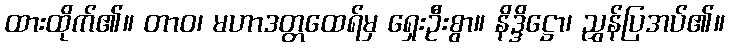
ထားထိုက်၏။ တာဝ၊ မဟာဒတ္တထေရ်မှ ရှေးဦးစွာ။ နိဒ္ဒိဋ္ဌော၊ ညွှန်ပြအပ်၏။